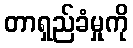
တာရှည်ခံမှုကို